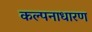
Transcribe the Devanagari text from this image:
कल्पनाधारण